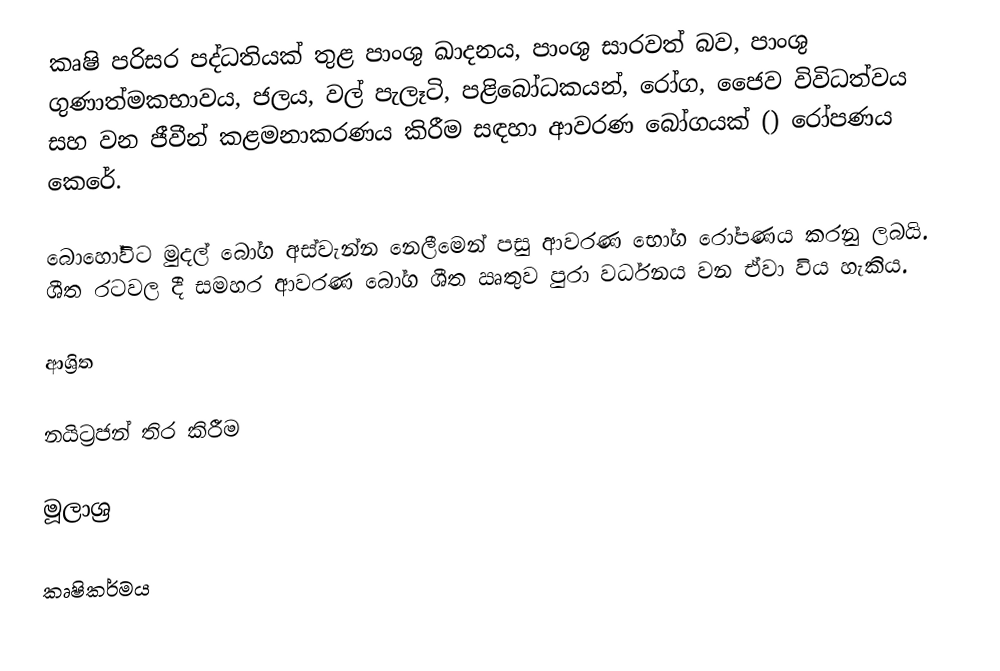
කෘෂි පරිසර පද්ධතියක් තුළ පාංශු ඛාදනය, පාංශු සාරවත් බව, පාංශු ගුණාත්මකභාවය, ජලය, වල් පැලෑටි, පළිබෝධකයන්, රෝග, ජෛව විවිධත්වය සහ වන ජීවීන් කළමනාකරණය කිරීම සඳහා ආවරණ බෝගයක් () රෝපණය කෙරේ.

බොහෝවිට මුදල් බෝග අස්වැන්න නෙලීමෙන් පසු ආවරණ භෝග රෝපණය කරනු ලබයි. ශීත රටවල දී සමහර ආවරණ බෝග ශීත ඍතුව පුරා වර්ධනය වන ඒවා විය හැකිය.

ආශ්‍රිත

නයිට්‍රජන් තිර කිරීම

මූලාශ්‍ර

කෘෂිකර්මය